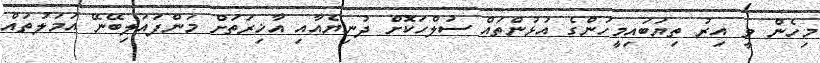
މިހެން ވީ އިރު ތިޔަބައިމީހުންގެ އުޅުންތައް ސުލްހަކޮށް ދުނިޔެއާއި އާޚިރަތަށް މަންފައަލިބޭނޭ އަމަލުތައް